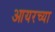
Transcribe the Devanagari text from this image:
आयरच्या